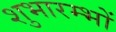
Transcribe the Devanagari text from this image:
शुभारम्भों